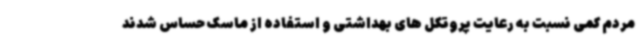
مردم کمی نسبت به رعایت پروتکل های بهداشتی و استفاده از ماسک حساس شدند